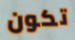
تكون